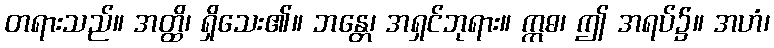
တရားသည်။ အတ္ထိ၊ ရှိသေး၏။ ဘန္တေ၊ အရှင်ဘုရား။ ဣဓ၊ ဤ အရပ်၌။ အဟံ၊